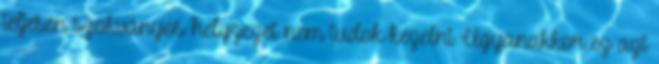
teljesen szokványos helyzezet nem tudok kezelni Ugyanakkor ez azt